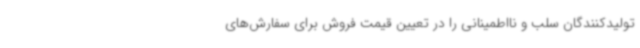
تولیدکنندگان سلب و نااطمینانی را در تعیین قیمت فروش برای سفارش‌های